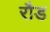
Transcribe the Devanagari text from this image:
रौड